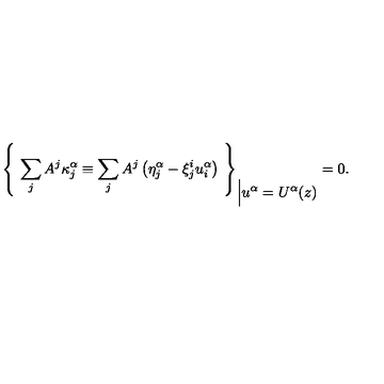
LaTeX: { \left\{ \ \sum _ { j } A ^ { j } \kappa _ { j } ^ { \alpha } \equiv \sum _ { j } A ^ { j } \left( \eta _ { j } ^ { \alpha } - \xi _ { j } ^ { i } u _ { i } ^ { \alpha } \right) \ \right\} } _ { \Big \vert \displaystyle { u ^ { \alpha } = U ^ { \alpha } ( z ) } } = 0 .